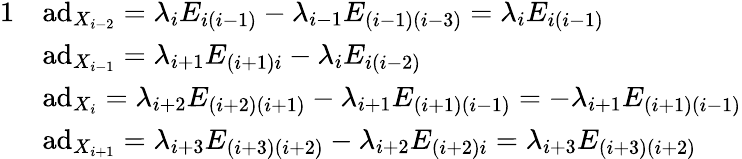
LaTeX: \begin{array}{rl}{{1}}&{\mathrm{ad}_{X_{i-2}}=\lambda_{i}E_{i(i-1)}-\lambda_{i-1}E_{(i-1)(i-3)}=\lambda_{i}E_{i(i-1)}}\\ &{\mathrm{ad}_{X_{i-1}}=\lambda_{i+1}E_{(i+1)i}-\lambda_{i}E_{i(i-2)}}\\ &{\mathrm{ad}_{X_{i}}=\lambda_{i+2}E_{(i+2)(i+1)}-\lambda_{i+1}E_{(i+1)(i-1)}=-\lambda_{i+1}E_{(i+1)(i-1)}}\\ &{\mathrm{ad}_{X_{i+1}}=\lambda_{i+3}E_{(i+3)(i+2)}-\lambda_{i+2}E_{(i+2)i}=\lambda_{i+3}E_{(i+3)(i+2)}}\end{array}